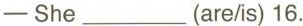
—She___(are/is) 16.